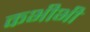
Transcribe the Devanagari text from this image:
कभीभी